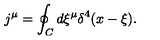
j ^ { \mu } = \oint _ { C } d \xi ^ { \mu } \delta ^ { 4 } ( x - \xi ) .